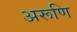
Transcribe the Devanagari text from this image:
अरूणि